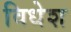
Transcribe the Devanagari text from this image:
विधेश